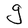
Character: g